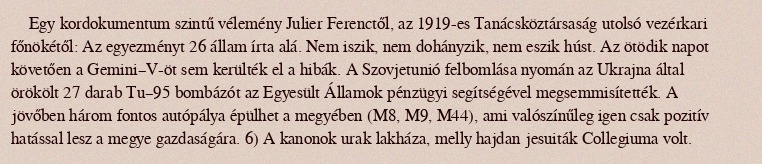
Egy kordokumentum szintű vélemény Julier Ferenctől, az 1919-es Tanácsköztársaság utolsó vezérkari főnökétől: Az egyezményt 26 állam írta alá. Nem iszik, nem dohányzik, nem eszik húst. Az ötödik napot követően a Gemini–V-öt sem kerülték el a hibák. A Szovjetunió felbomlása nyomán az Ukrajna által örökölt 27 darab Tu–95 bombázót az Egyesült Államok pénzügyi segítségével megsemmisítették. A jövőben három fontos autópálya épülhet a megyében (M8, M9, M44), ami valószínűleg igen csak pozitív hatással lesz a megye gazdaságára. 6) A kanonok urak lakháza, melly hajdan jesuiták Collegiuma volt.